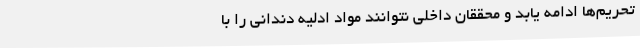
تحریم‌ها ادامه یابد و محققان داخلی نتوانند مواد ادلیه دندانی را با